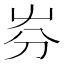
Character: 㞣